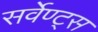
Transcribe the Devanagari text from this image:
सर्वेण्ट्स